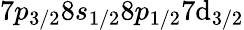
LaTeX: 7p_{3/2}8s_{1/2}8p_{1/2}7\mathrm{d}_{3/2}